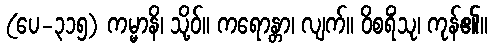
(ပေ-၃၁၅) ကမ္မာနိ၊ သို့ဝ်။ ကရောန္တာ၊ လျက်။ ဝိစရိံသု၊ ကုန်၏။